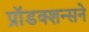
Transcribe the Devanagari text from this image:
प्रॉडक्शन्सने